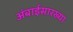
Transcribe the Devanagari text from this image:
अंबाईसारख्या